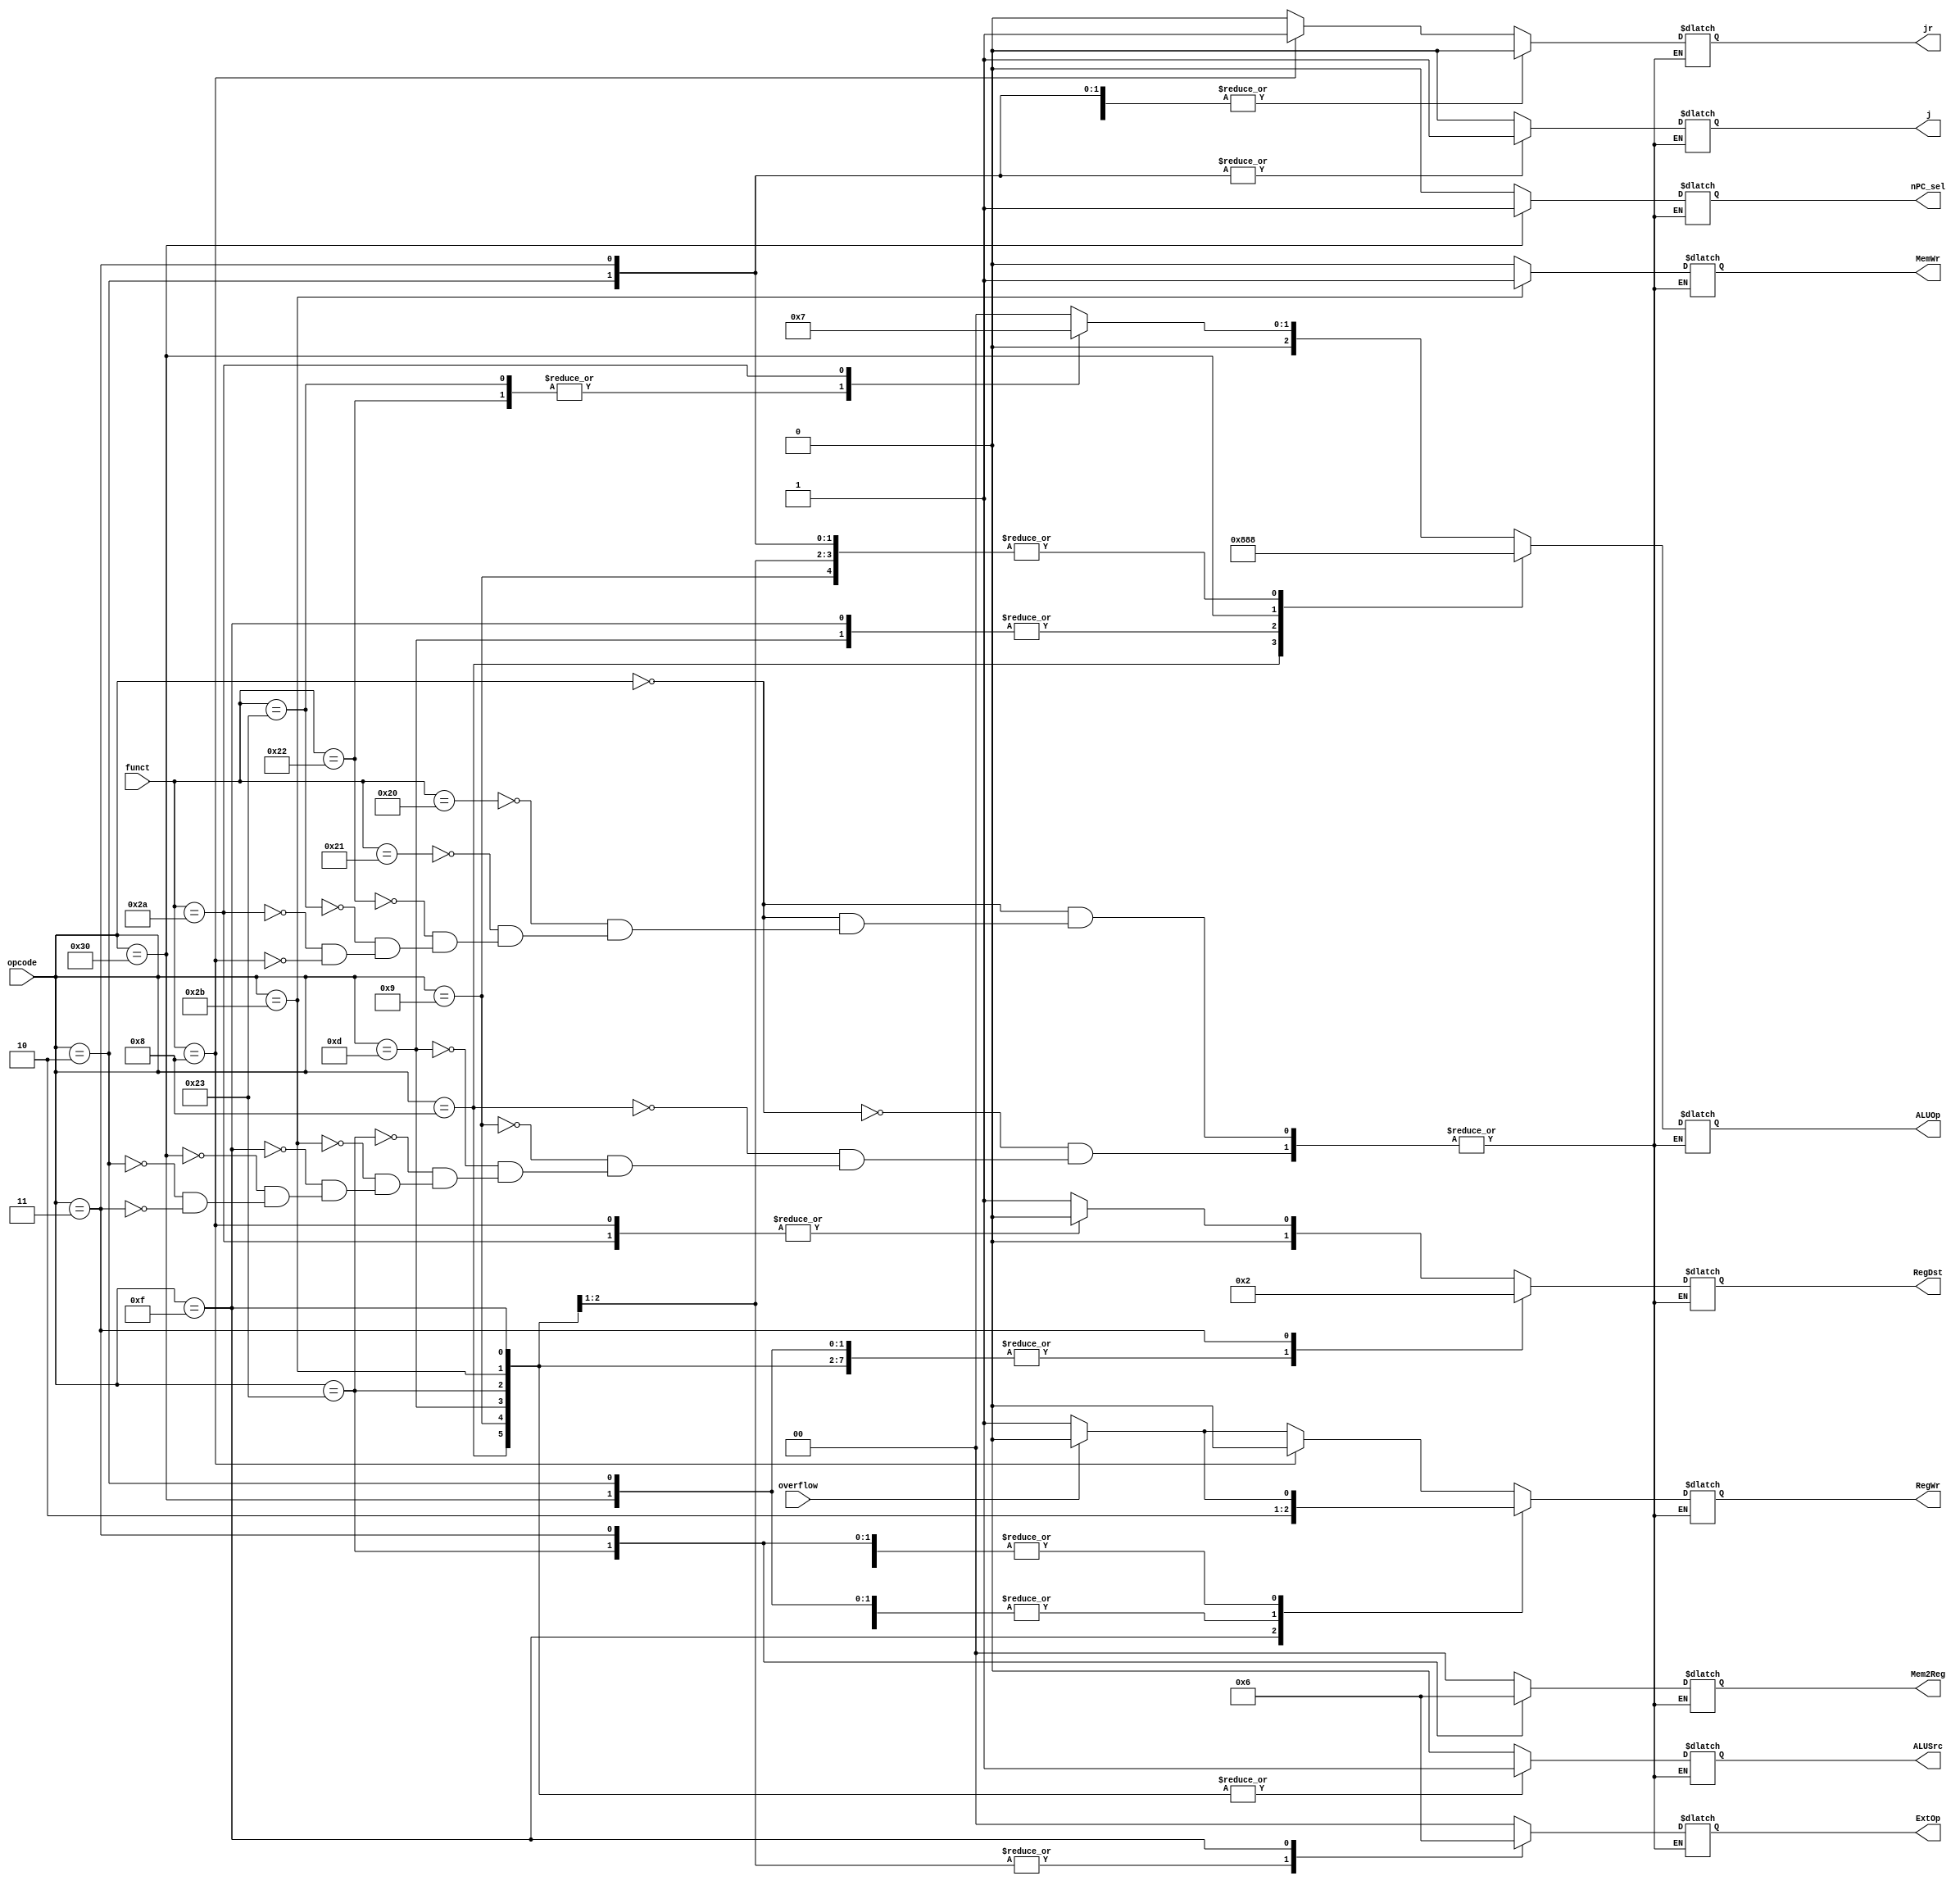
module ControlUnit(
    input [5:0] opcode,
    input [5:0] funct,
    input overflow, 
    output reg [1:0] RegDst,
    output reg ALUSrc,
    output reg [1:0] Mem2Reg,
    output reg RegWr,
    output reg MemWr,
    output reg nPC_sel,
    output reg [1:0]   ExtOp,
    output reg [2:0]   ALUOp,
    output reg j,
    output reg jr
);

    parameter RType = 6'b000000, ADDI = 6'b001000, ADDIU = 6'b001001, 
            ORI = 6'b001101, SW = 6'b101011, LW = 6'b100011, 
            BEQ = 6'b110000, LUI = 6'b001111, J = 6'b000010,
            JAL = 6'b000011;

    parameter ADD = 6'b100000, ADDU = 6'b100001, SUB = 6'b100010,
            SUBU = 6'b100011, SLT = 6'b101010, JR = 6'b001000;
            
    always @(*)
    begin
        case (opcode)
            RType:
                case (funct) 
                    ADD:
                      begin
                        RegDst = 1;
                        ALUSrc = 0;
                        Mem2Reg = 0;
                        RegWr = (overflow)? 0: 1;
                        MemWr = 0;
                        nPC_sel = 0;
                        ExtOp = 0;
                        ALUOp = 0;
                        j = 0;
                        jr = 0;
                      end
                    ADDU:
                      begin
                        RegDst = 1;
                        ALUSrc = 0;
                        Mem2Reg = 0;
                        RegWr = (overflow)? 0: 1;
                        MemWr = 0;
                        nPC_sel = 0;
                        ExtOp = 0;
                        ALUOp = 0;
                        j = 0;
                        jr = 0;
                      end
                    SUB:
                      begin
                        RegDst = 1;
                        ALUSrc = 0;
                        Mem2Reg = 0;
                        RegWr = (overflow)? 0: 1;
                        MemWr = 0;
                        nPC_sel = 0;
                        ExtOp = 0;
                        ALUOp = 1;
                        j = 0;
                        jr = 0;
                      end
                    SUBU:
                      begin
                        RegDst = 1;
                        ALUSrc = 0;
                        Mem2Reg = 0;
                        RegWr = (overflow)? 0: 1;
                        MemWr = 0;
                        nPC_sel = 0;
                        ExtOp = 0;
                        ALUOp = 1;
                        j = 0;
                        jr = 0;
                      end
                    SLT:
                      begin
                        RegDst = 0;
                        ALUSrc = 0;
                        Mem2Reg = 0;
                        RegWr = (overflow)? 0: 1;
                        MemWr = 0;
                        nPC_sel = 0;
                        ExtOp = 0;
                        ALUOp = 3'b011;
                        j = 0;
                        jr = 0;
                      end
                    JR:
                      begin
                        RegDst = 0;
                        ALUSrc = 0;
                        Mem2Reg = 0;
                        RegWr = 0;
                        MemWr = 0;
                        nPC_sel = 0;
                        ExtOp = 0;
                        ALUOp = 0;
                        j = 0;
                        jr = 1;
                      end
                endcase
            ADDI:
              begin
                RegDst = 0;
                ALUSrc = 1;
                Mem2Reg = 0;
                RegWr = (overflow)? 0: 1;
                MemWr = 0;
                nPC_sel = 0;
                ExtOp = 0;
                ALUOp = 3'b100;
                j = 0;
                jr = 0;
              end
            ADDIU:
              begin
                RegDst = 0;
                ALUSrc = 1;
                Mem2Reg = 0;
                RegWr = (overflow)? 0: 1;
                MemWr = 0;
                nPC_sel = 0;
                ExtOp = 0;
                ALUOp = 0;
                j = 0;
                jr = 0;
              end
            ORI:
              begin
                RegDst = 0;
                ALUSrc = 1;
                Mem2Reg = 0;
                RegWr = (overflow)? 0: 1;
                MemWr = 0;
                nPC_sel = 0;
                ExtOp = 0;
                ALUOp = 2'b10;
                j = 0;
                jr = 0;
              end
            LW:
              begin
                RegDst = 0;
                ALUSrc = 1;
                Mem2Reg = 1;
                RegWr = (overflow)? 0: 1;
                MemWr = 0;
                nPC_sel = 0;
                ExtOp = 1;
                ALUOp = 0;
                j = 0;
                jr = 0;
              end
            SW:
              begin
                RegDst = 0;
                ALUSrc = 1;
                Mem2Reg = 0;
                RegWr = 0;
                MemWr = 1;
                nPC_sel = 0;
                ExtOp = 1;
                ALUOp = 0;
                j = 0;
                jr = 0;
              end
            LUI:
              begin
                RegDst = 0;
                ALUSrc = 1;
                Mem2Reg = 0;
                RegWr = 1;
                MemWr = 0;
                nPC_sel = 0;
                ExtOp = 2'b10;
                ALUOp = 2'b10;
                j = 0;
                jr = 0;
              end
            BEQ:
              begin
                RegDst = 0;
                ALUSrc = 0;
                Mem2Reg = 0;
                RegWr = 0;
                MemWr = 0;
                nPC_sel = 1;
                ExtOp = 0;
                ALUOp = 1;
                j = 0;
                jr = 0;
              end
            J:
              begin
                RegDst = 0;
                ALUSrc = 0;
                Mem2Reg = 0;
                RegWr = 0;
                MemWr = 0;
                nPC_sel = 0;
                ExtOp = 0;
                ALUOp = 0;
                j = 1;
                jr = 0;
              end
            JAL:
              begin
                RegDst = 10;
                ALUSrc = 0;
                Mem2Reg = 2'b10;
                RegWr = (overflow)? 0: 1;
                MemWr = 0;
                nPC_sel = 0;
                ExtOp = 0;
                ALUOp = 0;
                j = 1;
                jr = 0;
              end
        endcase
    end
endmodule